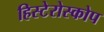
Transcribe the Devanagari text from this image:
हिस्टेरोस्कोप